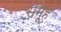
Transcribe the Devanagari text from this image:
समूूह